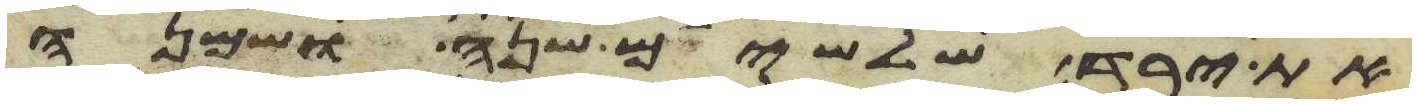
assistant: את ירד שלשים שנה ושמנה